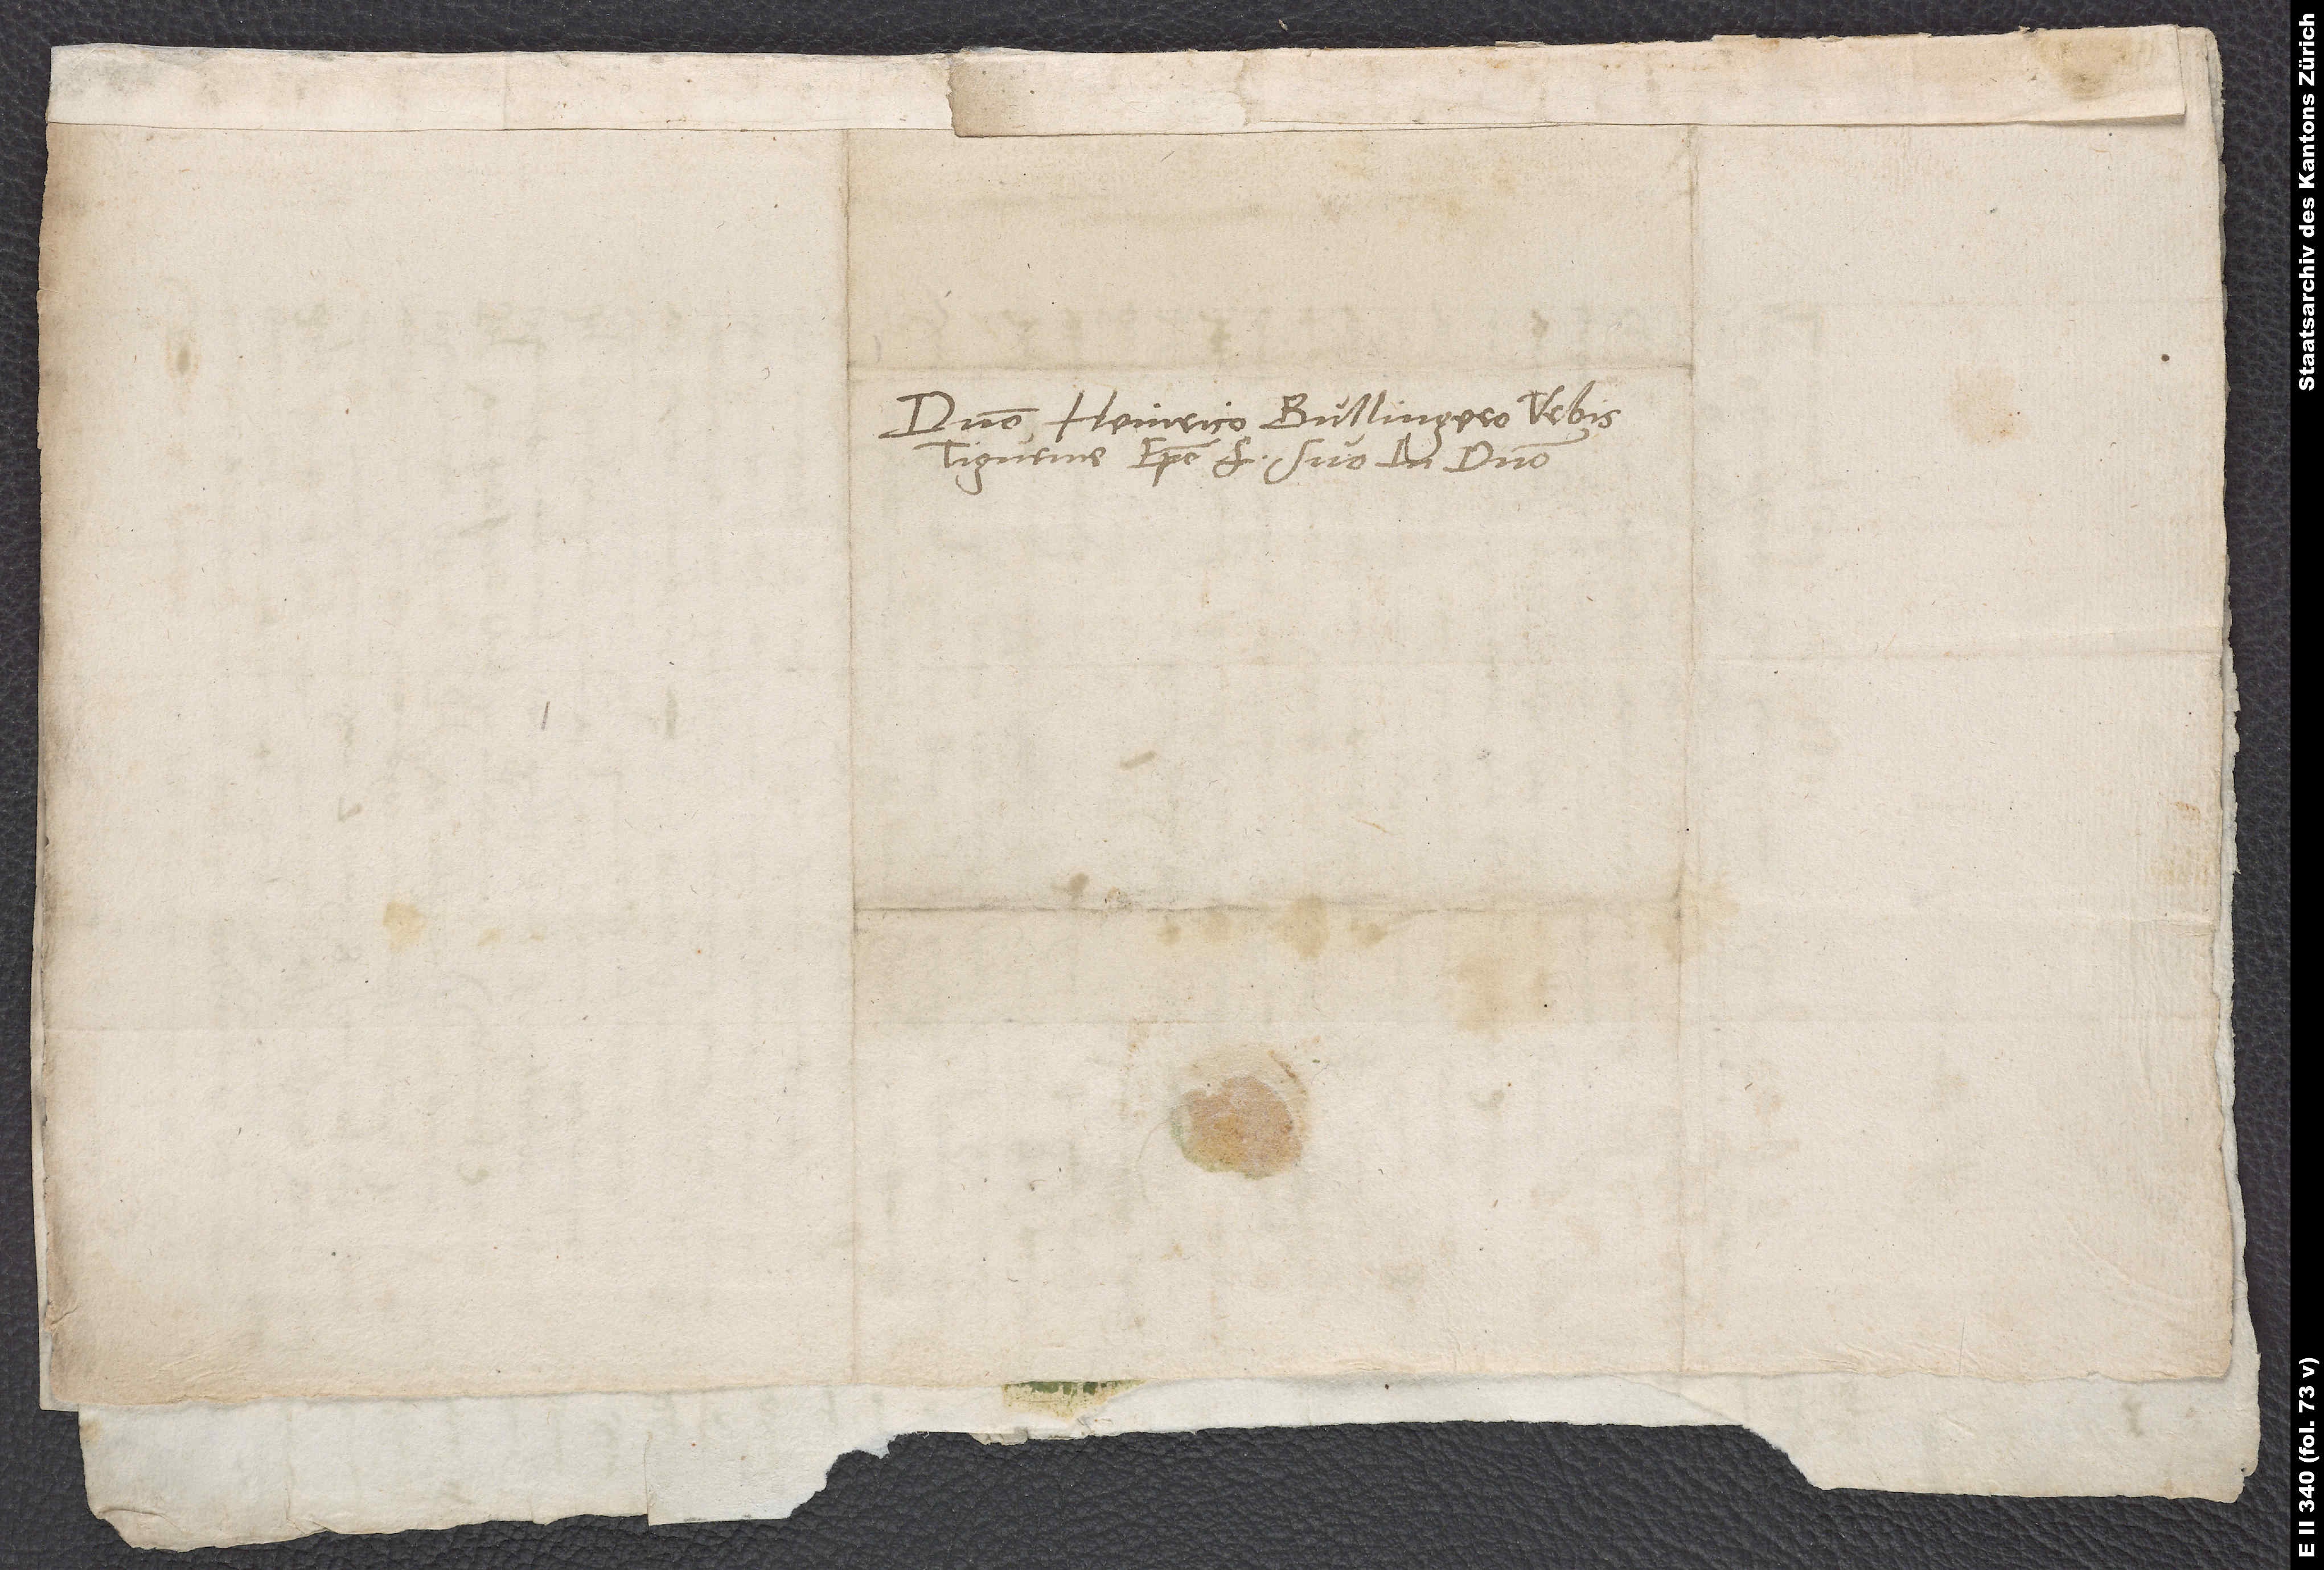
Domino Heinrico Bullingero, urbis
Tigurine episcopo, fratri suo in domino.